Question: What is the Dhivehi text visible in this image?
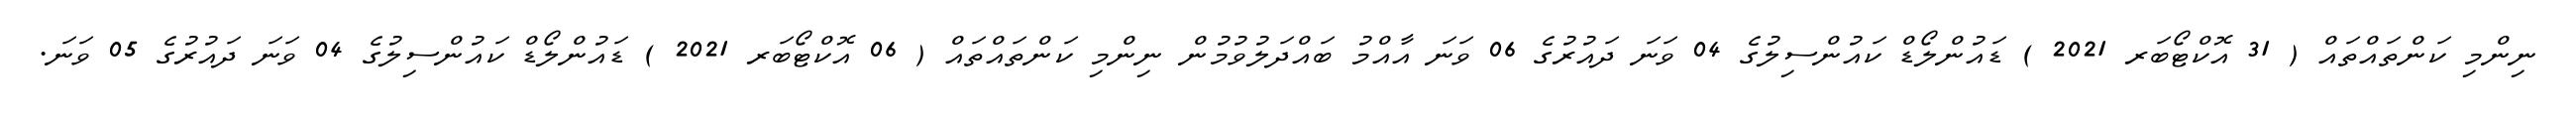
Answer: ނިންމި ކަންތައްތައް ( 31 އޮކްޓޯބަރ 2021 ) ޑައުންލޯޑް ކައުންސިލުގެ 04 ވަނަ ދައުރުގެ 06 ވަނަ އާއްމު ބައްދަލުވުމުން ނިންމި ކަންތައްތައް ( 06 އޮކްޓޯބަރ 2021 ) ޑައުންލޯޑް ކައުންސިލުގެ 04 ވަނަ ދައުރުގެ 05 ވަނަ.